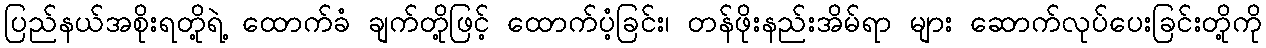
ပြည်နယ်အစိုးရတို့ရဲ့ ထောက်ခံ ချက်တို့ဖြင့် ထောက်ပံ့ခြင်း၊ တန်ဖိုးနည်းအိမ်ရာ များ ဆောက်လုပ်ပေးခြင်းတို့ကို